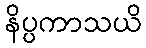
နိပ္ပကာသယိ